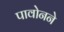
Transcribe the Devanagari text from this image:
पावोनने